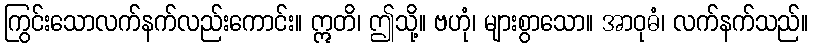
ကြွင်းသောလက်နက်လည်းကောင်း။ ဣတိ၊ ဤသို့။ ဗဟုံ၊ များစွာသော။ အာဝုဓံ၊ လက်နက်သည်။